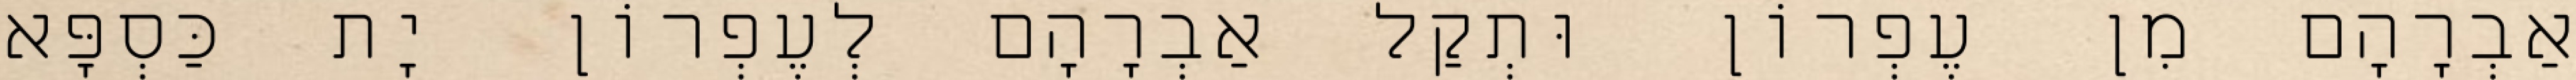
אַבְרָהָם מִן עֶפְרוֹן וּתְקַל אַבְרָהָם לְעֶפְרוֹן יָת כַּסְפָּא